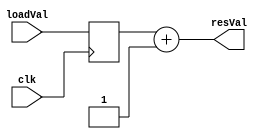
module generated #(
                   parameter DataWidth = 16
) (input [DataWidth - 1 : 0] loadVal,
   output [DataWidth - 1 : 0] resVal,
   input                      clk);

   reg [DataWidth - 1 : 0]    tmp;

   always @(posedge clk) begin
      tmp <= loadVal;
   end

   assign resVal = tmp + 1;

endmodule // generated

module user(input [6:0] val,
            output [6:0] resVal,
            input        clk);

   generated #(.DataWidth(7)) genVal(
                                     .loadVal(val),
                                     .resVal(resVal),
                                     .clk(clk)
                                     );
   
endmodule // user